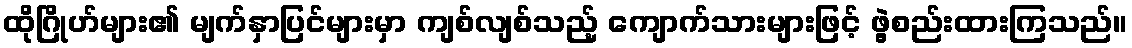
ထိုဂြိုဟ်များ၏ မျက်နှာပြင်များမှာ ကျစ်လျစ်သည့် ကျောက်သားများဖြင့် ဖွဲ့စည်းထားကြသည်။